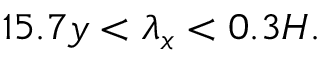
1 5 . 7 y < \lambda _ { x } < 0 . 3 H .